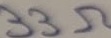
Text: 33Ω